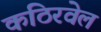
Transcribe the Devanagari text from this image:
कठिरवेल